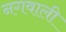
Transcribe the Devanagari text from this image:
नगवाली